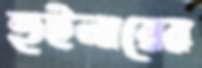
হুইলারের